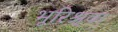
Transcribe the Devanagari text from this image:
भूरिश्र्वा